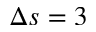
\Delta s = 3